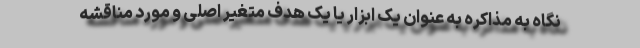
نگاه به مذاکره به عنوان یک ابزار یا یک هدف متغیر اصلی و مورد مناقشه